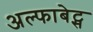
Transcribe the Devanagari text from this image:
अल्फाबेट्स